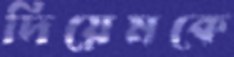
দিয়েমকে